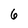
Character: 6